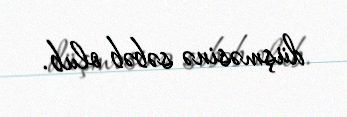
düşməsinə səbəb olub.